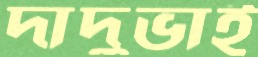
দাদুভাই